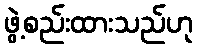
ဖွဲ့စည်းထားသည်ဟု